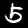
Digit: 5